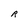
Character: R